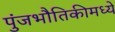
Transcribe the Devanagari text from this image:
पुंजभौतिकीमध्ये